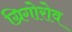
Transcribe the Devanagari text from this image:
ग्रिगोरोव